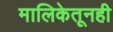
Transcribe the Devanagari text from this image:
मालिकेतूनही